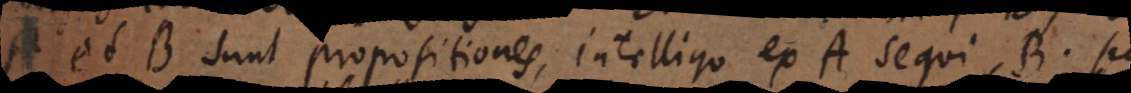
et B sunt propositiones, intelligo ex A sequi B. Sed